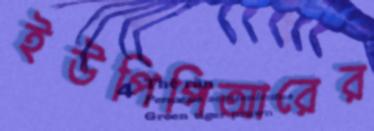
ইউপিপিআরের